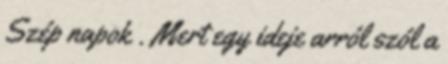
Szép napok . Mert egy ideje arról szól a